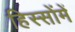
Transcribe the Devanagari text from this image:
हिस्सोंमें